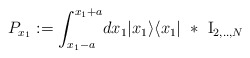
\begin{align*}P_{x_1}:= \int_{x_1-a}^{x_1+a} \! dx_1 |x_1 \rangle \langle x_1| \ * \ {\rm I}_{ 2,..,N}\end{align*}